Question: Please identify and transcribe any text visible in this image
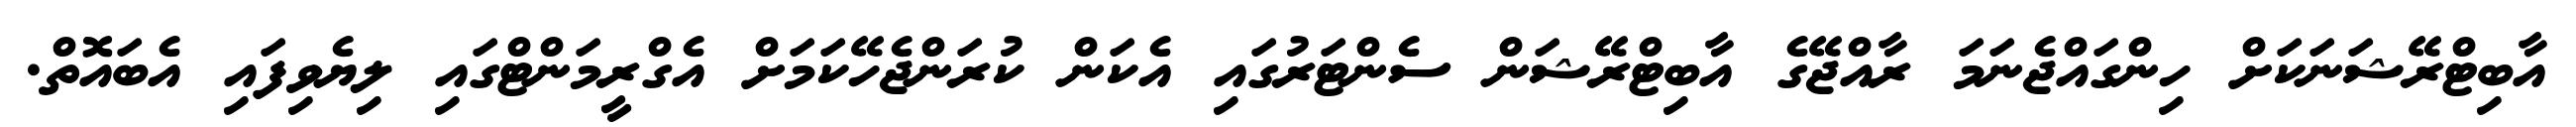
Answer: އާބިޓްރޭޝަނަކަށް ހިންގައްޖެނަމަ ރާއްޖޭގެ އާބިޓްރޭޝަން ސެންޓަރުގައި އެކަން ކުރަންޖެހޭކަމަށް އެގްރީމަންޓްގައި ލިޔެވިފައި އެބައޮތް.